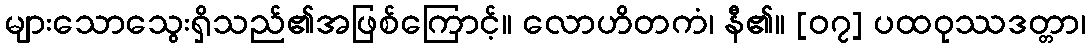
များသောသွေးရှိသည်၏အဖြစ်ကြောင့်။ လောဟိတကံ၊ နီ၏။ [၀၇] ပထဝုဿဒတ္တာ၊